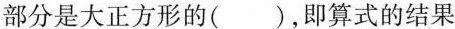
部分是大正方形的()，即算式的结果